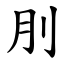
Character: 刖